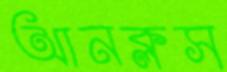
আনক্লস